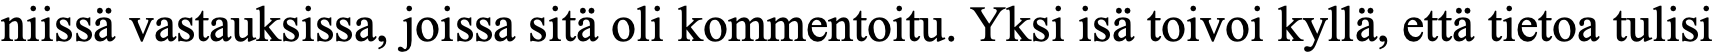
niissä vastauksissa, joissa sitä oli kommentoitu. Yksi isä toivoi kyllä, että tietoa tulisi